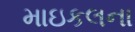
માઇકલના